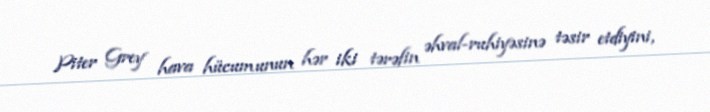
Piter Grey hava hücumunun hər iki tərəfin əhval-ruhiyəsinə təsir etdiyini,